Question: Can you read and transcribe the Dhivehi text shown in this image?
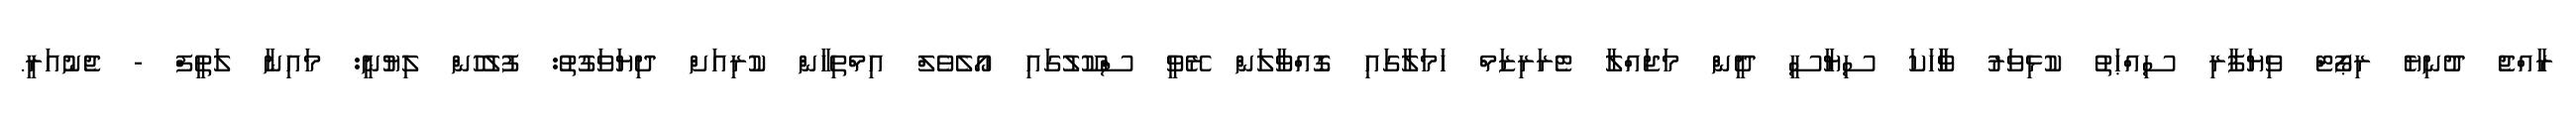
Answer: ރާއްޖެ ދުނިޔެ ރިޕޯޓް ވިޔަފާރި ސިއްޙަތު ކުޅިވަރު ވާާހަކަ ސިޔާސީ ދީން މަޖައްލާ ޓެރަރިޒަމް ހަމަލާގައި ގޮއްވާލަން ރޭވީ ސްކޫލުގައި އޯލެވެލް އިމްތިހާން ކުރިއަށް ދިޔަވަގުތު: ފުލުހުން ލިޔުނީ: މައިނާ ލަތީފް - ޖެނުއަރީ.